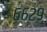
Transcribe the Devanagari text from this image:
६६२९